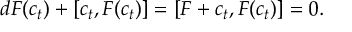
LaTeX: d { \cal F } ( c _ { t } ) + [ c _ { t } , { \cal F } ( c _ { t } ) ] = [ F + c _ { t } , { \cal F } ( c _ { t } ) ] = 0 .